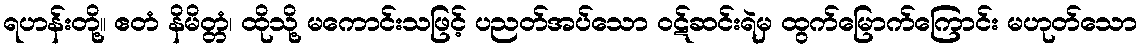
ရဟန်းတို့။ ဧတံ နိမိတ္တံ၊ ထိုသို့ မကောင်းသဖြင့် ပညတ်အပ်သော ဝဋ်ဆင်းရဲမှ ထွက်မြောက်ကြောင်း မဟုတ်သော